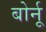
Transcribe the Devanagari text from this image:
बोर्नू